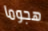
هجوما